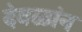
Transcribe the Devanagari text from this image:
देवळांन